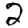
Digit: 2